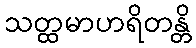
သတ္ထမာဟရိတန္တိ